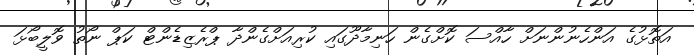
އަތޮޅުގެ އަންހެނުންނަށް ހާއްސަ ކޮށްގެން ހަނިމާދޫގައި ކުރިއަށްގެންދާ ޕްރެޒިޑެންޓް ކަޕް ނޯތު ވޮލީބޯޅަ